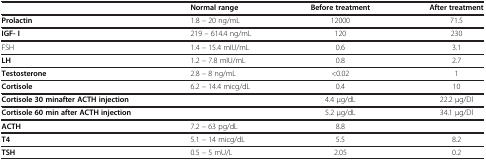
|  | Normal range | Before treatment | After treatment |
 | --- | --- | --- | --- |
 | Prolactin | 1.8 – 20 ng/mL | 12000 | 71.5 |
 | IGF- I | 219 – 614.4 ng/mL | 120 | 230 |
 | FSH | 1.4 – 15.4 mIU/mL | 0.6 | 3.1 |
 | LH | 1.2 – 7.8 mIU/mL | 0.8 | 2.7 |
 | Testosterone | 2.8 – 8 ng/mL | <0.02 | 1 |
 | Cortisole | 6.2 – 14.4 micg/dL | 0.4 | 10 |
 | Cortisole 30 min after ACTH injection |  | 4.4 μg/dL | 22.2 μg/Dl |
 | Cortisole 60 min after ACTH injection |  | 5.2 μg/dL | 34.1 μg/Dl |
 | ACTH | 7.2 – 63 pg/dL | 8.8 |  |
 | T4 | 5.1 – 14 micg/dL | 5.5 | 8.2 |
 | TSH | 0.5 – 5 mU/L | 2.05 | 0.2 |